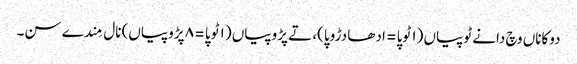
دوکاناں وچ دانے ٹوپیاں (١ ٹوپا = ادھا دڑوپا)، تے پڑوپیاں (١ ٹوپا = ٨ پڑوپیاں) نال مِندے سن۔